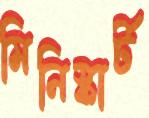
মিনিস্কার্ট